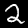
Label: 2